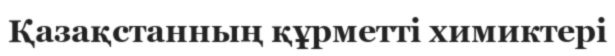
Қазақстанның құрметті химиктері